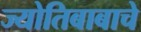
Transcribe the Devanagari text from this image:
ज्योतिबाबाचे